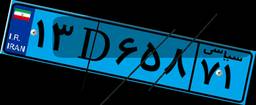
۴۷D۸۲۶۸۸